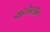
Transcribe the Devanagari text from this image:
वाइजेन्टाइन